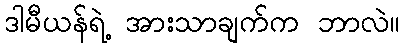
ဒါမီယန်ရဲ့ အားသာချက်က ဘာလဲ။